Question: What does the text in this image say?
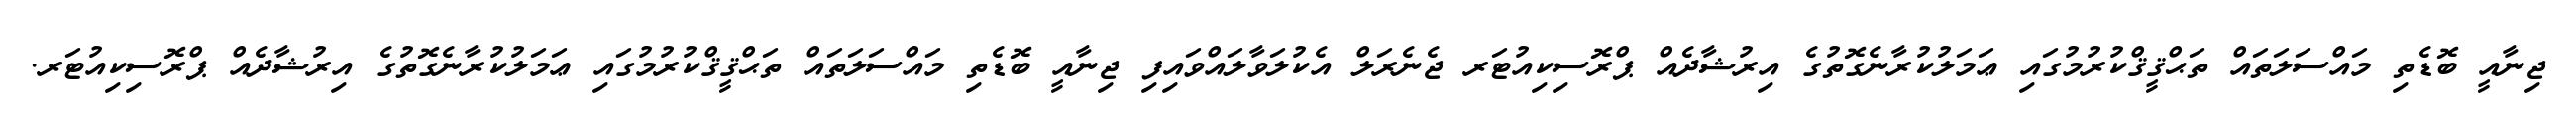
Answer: ޖިނާއީ ބޮޑެތި މައްސަލަތައް ތަޙްޤީޤްކުރުމުގައި ޢަމަލުކުރާނެގޮތުގެ އިރުޝާދެއް ޕްރޮސިކިއުޓަރ ޖެނެރަލް އެކުލަވާލައްވައިފި ޖިނާއީ ބޮޑެތި މައްސަލަތައް ތަޙްޤީޤްކުރުމުގައި ޢަމަލުކުރާނެގޮތުގެ އިރުޝާދެއް ޕްރޮސިކިއުޓަރ.